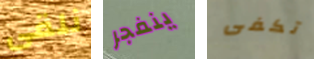
نلقى ينفجر تكفى